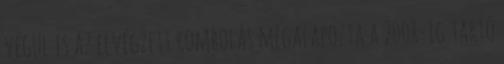
végül is az elvégzett rombolás megalapozta a 2008-ig tartó